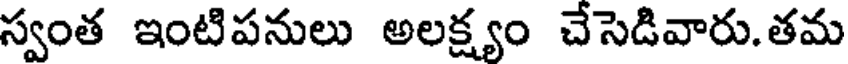
స్వంత ఇంటిపనులు అలక్ష్యం చేసెడివారు.తమ